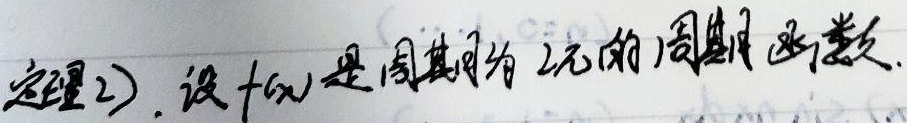
定理2). 设\(f(x)\)是周期为\(2\pi\)的周期函数.